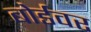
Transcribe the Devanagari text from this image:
बोर्डवर